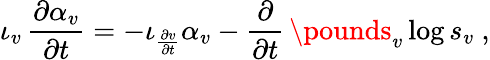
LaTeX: \iota_{v}\, \frac{\partial\alpha_{v}}{\partial t}=-\iota_{\frac{\partial v}{\partial t}}\alpha_{v}-\frac\partial{\partial t}\, \pounds_{v}\log s_{v}\ ,